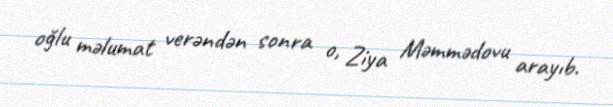
oğlu məlumat verəndən sonra o, Ziya Məmmədovu arayıb.